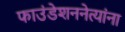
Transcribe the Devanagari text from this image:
फाउंडेशननेत्यांना